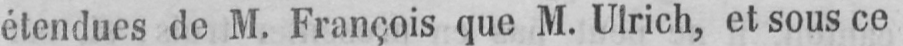
étendues de M. François que M. Ulrich, et sous ce